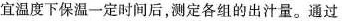
宜温度下保温一定时间后，测定各组的出汁量。通过